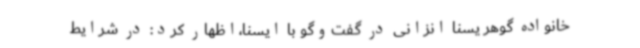
خانواده‌ گوهر یسنا انزانی در گفت‌وگو با ایسنا،اظهار کرد: در شرایط